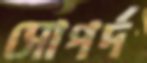
সোপর্দ